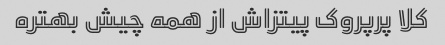
کلا پرپروک پیتزاش از همه چیش بهتره